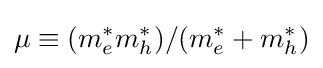
\mu \equiv (m_{e}^{*}m_{h}^{*})/(m_{e}^{*}+m_{h}^{*})